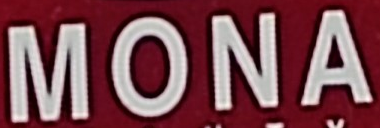
MONA